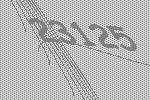
23125